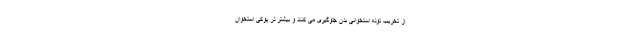
از تخریب توده استخوانی بدن جلوگیری می کنند و بیشتر در پوکی استخوان